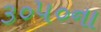
૩૦૫૦ના